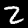
Digit: 2